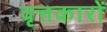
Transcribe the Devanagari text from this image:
वृत्तकारों